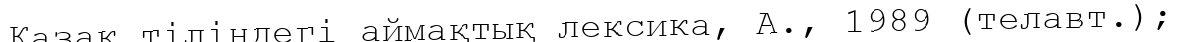
Қазақ тіліндегі аймақтық лексика, А., 1989 (телавт.);